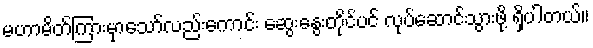
မဟာမိတ်ကြားမှာသော်လည်းကောင်း ဆွေးနွေးတိုင်ပင် လုပ်ဆောင်သွားဖို့ ရှိပါတယ်။